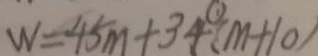
W = 4 5 m + 3 4 ( m + 1 0